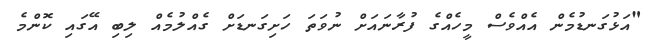
"އަޅުގަނޑުމެން އެއްވެސް މީހެއްގެ ފުރާނައަށް ނުވަތަ ހަށިގަނޑަށް ގެއްލުމެއް ލިބި އޭގައި ކޮންމެ